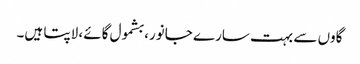
گاوں سے بہت سارے جانور، بشمول گائے، لاپتا ہیں۔